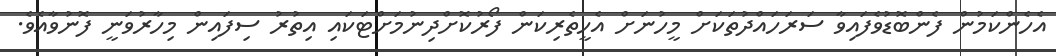
އެހެންކަމުން ފެންބޮޑުވެފައިވާ ސަރަހައްދުތަކަށް މީހުނަށް އެހީތެރިކަން ފޯރުކޮށްދިނުމަށްޓަކައި އިތުރު ސިފައިން މިހާރުވަނީ ފޮނުވާއެވެ.